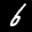
Label: 6